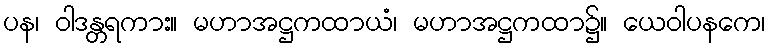
ပန၊ ဝါဒန္တရကား။ မဟာအဋ္ဌကထာယံ၊ မဟာအဋ္ဌကထာ၌။ ယေဝါပနကေ၊